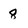
Character: 8